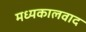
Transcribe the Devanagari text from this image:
मध्यकालवाद